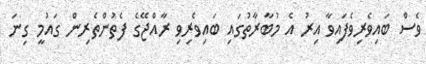
ވެސް ބައިވެރިވެފައިވާ އިރު އެ މުބާރާތުގައި ބައިވެރިވި ރާއްޖޭގެ ފެތުންތެރިން ގައުމީ ގިނަ